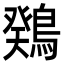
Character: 䳫